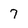
Character: 7